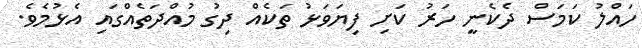
ހައްލު ކަމަސް ދެކެނީ ހަރު ކަށި ފިޔަވަޅު ތަކެއް ދިގު މުއްދަތެއްގައި އެޅުމެވެ.